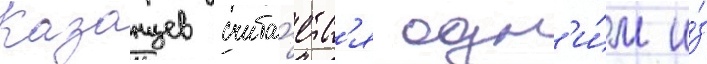
Казанцев счита́етс'я одн'и́м и́з